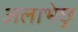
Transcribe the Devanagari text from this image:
अलाभेछु